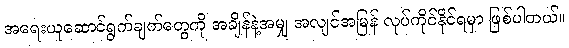
အရေးယူဆောင်ရွက်ချက်တွေကို အချိန်နဲ့အမျှ အလျင်အမြန် လုပ်ကိုင်နိုင်ရမှာ ဖြစ်ပါတယ်။